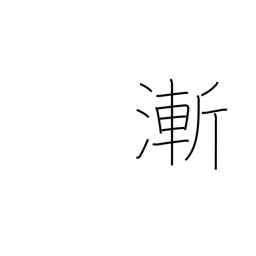
Meaning: barely